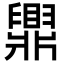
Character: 𬛿